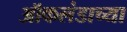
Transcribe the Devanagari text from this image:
ऑकलंडाच्या